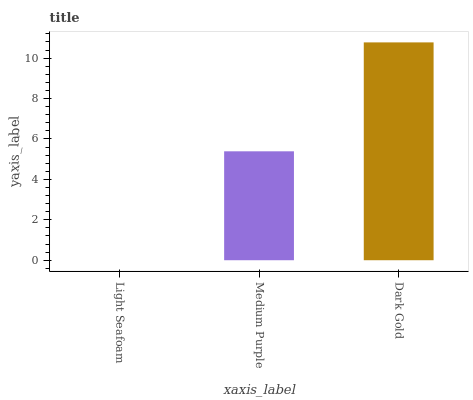
| xaxis_label | bars |
 | --- | --- |
 | Light Seafoam | 0 |
 | Medium Purple | 5.39 |
 | Dark Gold | 10.8 |